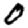
Digit: 0